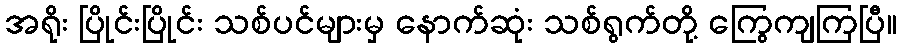
အရိုး ပြိုင်းပြိုင်း သစ်ပင်များမှ နောက်ဆုံး သစ်ရွက်တို့ ကြွေကျကြပြီ။